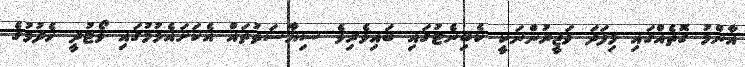
އާންމު ގޮތެއްގައި މިފަދަ ވަޒީރުންނަކީ ކެބިނެޓުގައި ބައިވެރިވެ ސިޔާސަތުތައް އެކަށައެޅުމުގައި ވޯޓުދީ ހެދުމުގެ